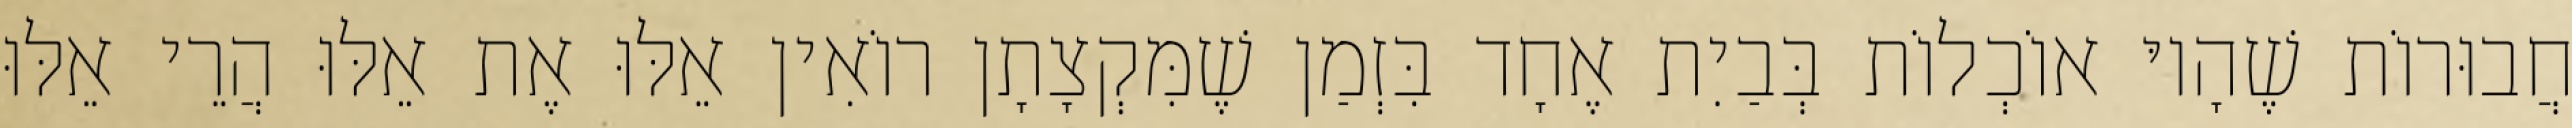
חֲבוּרוֹת שֶׁהָיוּ אוֹכְלוֹת בְּבַיִת אֶחָד בִּזְמַן שֶׁמִּקְצָתָן רוֹאִין אֵלּוּ אֶת אֵלּוּ הֲרֵי אֵלּוּ